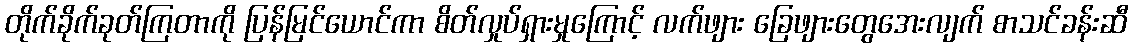
တိုက်ခိုက်ခုတ်ကြတာကို ပြန်မြင်ယောင်ကာ စိတ်လှုပ်ရှားမှုကြောင့် လက်ဖျား ခြေဖျားတွေအေးလျက် စာသင်ခန်းဆီ